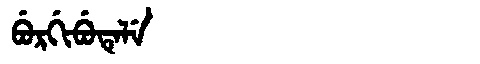
Manchu: ᠪᡠᡵᡤᡳᠪᡠᡨᡝᠯᡝ
Romanization: BURGIBUTELE